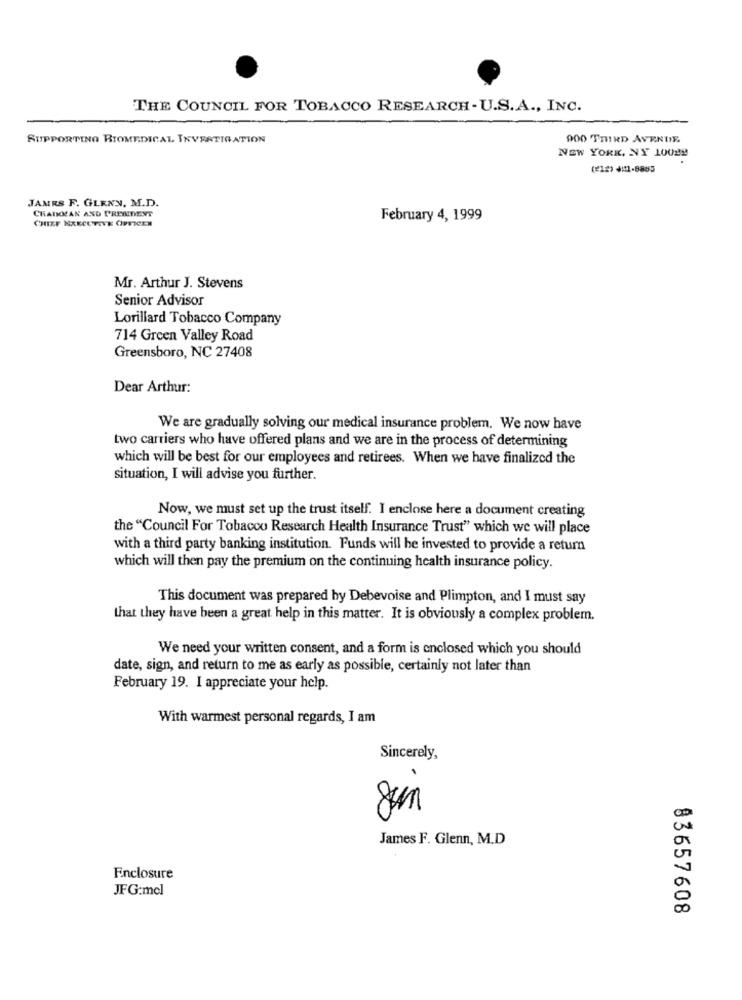
THE COUNCIL FOR TOBACCO RESEARCH- U.S.A ., INC.
SUPPORTING BIOMEDICAL INVESTIGATION
900 THIRD AVENUE
NEW YORK, NY 10022
(212) 41-8885
JAMES F. GLENN, M.D.
CHAIRMAN AND PRESIDENT
CHIEF EXECUTIVE OFFICER
February 4, 1999
Mr. Arthur J. Stevens
Senior Advisor
Lorillard Tobacco Company
714 Green Valley Road
Greensboro, NC 27408
Dear Arthur:
We are gradually solving our medical insurance problem. We now have
two carriers who have offered plans and we are in the process of determining
which will be best for our employees and retirees. When we have finalized the
situation, I will advise you further.
Now, we must set up the trust itself. I enclose here a document creating
the "Council For Tobacco Research Health Insurance Trust" which we will place
with a third party banking institution. Funds will be invested to provide a return
which will then pay the premium on the continuing health insurance policy.
This document was prepared by Debevoise and Plimpton, and I must say
that they have been a great help in this matter. It is obviously a complex problem.
We need your written consent, and a form is enclosed which you should
date, sign, and return to me as early as possible, certainly not later than
February 19. I appreciate your help.
With warmest personal regards, I am
Sincerely,
James F. Glenn, M.D
Enclosure
JFG:mel
83657608